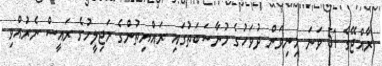
ރާއްޖޭގެ 51 ވަނަ މިނިވަން ދުވަހުގެ މުނާސަބަތުގައި ރައްޔިތުންގެ މަޖިލީހުގެ ރައީސް ނެރުއްވި